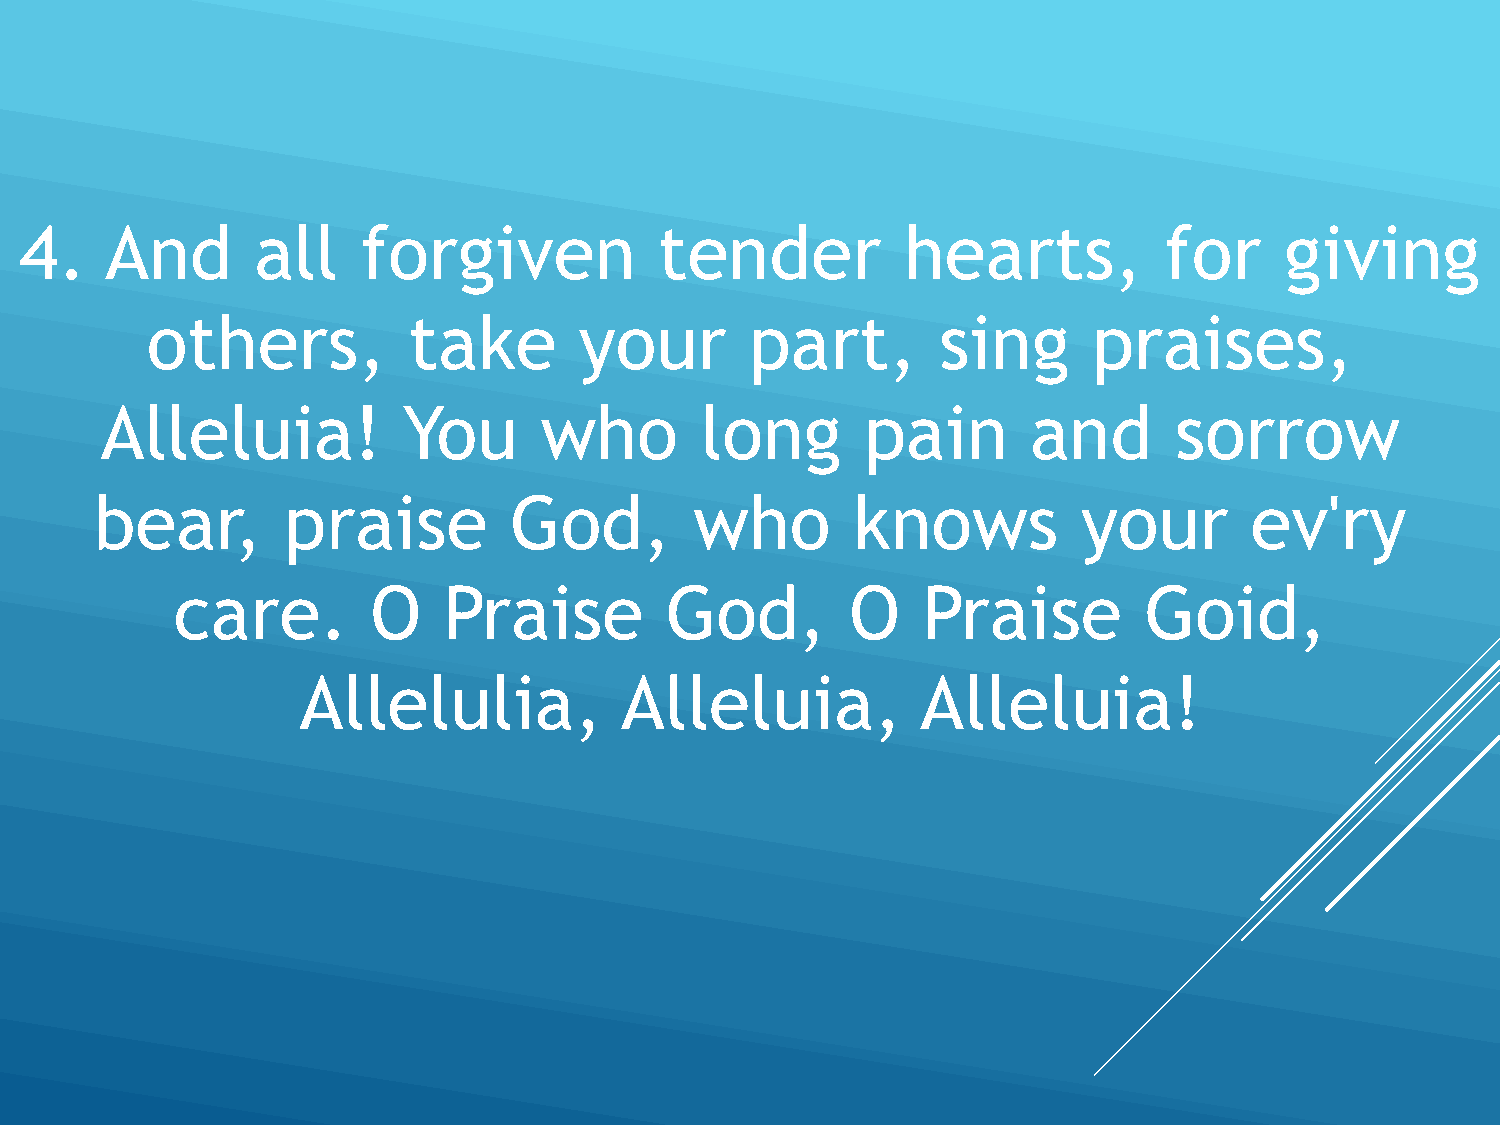
4.    And       all    forgiven            tender          hearts,          for     giving
 others,          take       your        part,       sing      praises,
 Alleluia!           You      who       long       pain       and       sorrow
 bear,        praise         God,        who       knows           your       ev'ry
 care.         O   Praise         God,        O    Praise         Goid,
 Allelulia,           Alleluia,           Alleluia!